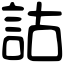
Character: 詁